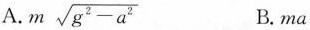
A. $$m \sqrt { g ^ { 2 } - a ^ { 2 } }$$ B.ma